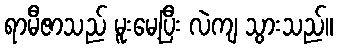
ရာမီဇာသည် မူးမေ့ပြီး လဲကျ သွားသည်။